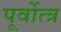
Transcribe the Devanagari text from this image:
पूर्वोत्त्र